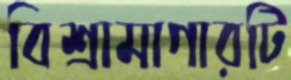
বিশ্রামাগারটি